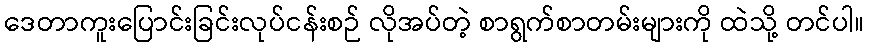
ဒေတာကူးပြောင်းခြင်းလုပ်ငန်းစဉ် လိုအပ်တဲ့ စာရွက်စာတမ်းများကို ထဲသို့ တင်ပါ။